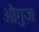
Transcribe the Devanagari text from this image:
औगुज